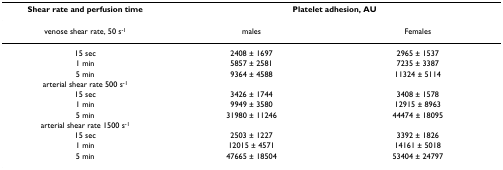
<table><thead><tr><td><b>Shear rate and perfusion time</b></td><td colspan="2"><b>Platelet adhesion, AU</b></td></tr></thead><tbody><tr><td>venose shear rate, 50 s<sup>-1</sup></td><td>males</td><td>Females</td></tr><tr><td>15 sec</td><td>2408 ± 1697</td><td>2965 ± 1537</td></tr><tr><td>1 min</td><td>5857 ± 2581</td><td>7235 ± 3387</td></tr><tr><td>5 min</td><td>9364 ± 4588</td><td>11324 ± 5114</td></tr><tr><td>arterial shear rate 500 s<sup>-1</sup></td><td></td><td></td></tr><tr><td>15 sec</td><td>3426 ± 1744</td><td>3408 ± 1578</td></tr><tr><td>1 min</td><td>9949 ± 3580</td><td>12915 ± 8963</td></tr><tr><td>5 min</td><td>31980 ± 11246</td><td>44474 ± 18095</td></tr><tr><td>arterial shear rate 1500 s<sup>-1</sup></td><td></td><td></td></tr><tr><td>15 sec</td><td>2503 ± 1227</td><td>3392 ± 1826</td></tr><tr><td>1 min</td><td>12015 ± 4571</td><td>14161 ± 5018</td></tr><tr><td>5 min</td><td>47665 ± 18504</td><td>53404 ± 24797</td></tr></tbody></table>